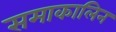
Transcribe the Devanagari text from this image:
समाकालिन